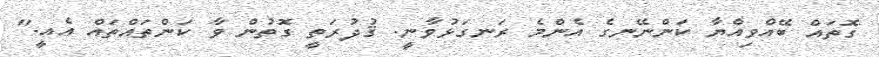
ގޮތައް ބޭއްވިއްޔާ ކަންނޭނގެ އެންމެ ރަނގަޅުވާނީ. ޤުދުރަތީ ގޮތުން ވާ ކަންތައްތައް އެއީ."